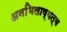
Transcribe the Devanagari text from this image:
अनभिलाष्यत्व